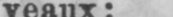
veaux: